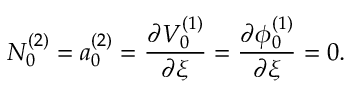
N _ { 0 } ^ { ( 2 ) } = a _ { 0 } ^ { ( 2 ) } = \frac { \partial V _ { 0 } ^ { ( 1 ) } } { \partial \xi } = \frac { \partial \phi _ { 0 } ^ { ( 1 ) } } { \partial \xi } = 0 .